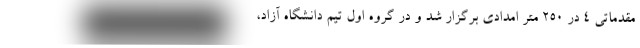
مقدماتی ۴ در ۲۵۰ متر امدادی برگزار شد و در گروه اول تیم دانشگاه آزاد،